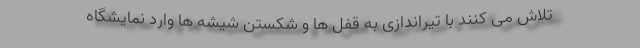
تلاش می کنند با تیراندازی به قفل ها و شکستن شیشه ها وارد نمایشگاه